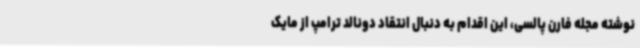
نوشته مجله فارن پالسی، این اقدام به دنبال انتقاد دونالد ترامپ از مایک